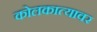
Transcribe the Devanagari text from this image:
कोलकात्यावर